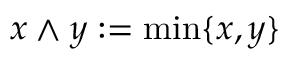
x \wedge y : = \operatorname* { m i n } \{ x , y \}